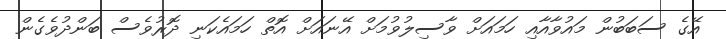
އޭގެ ސަބަބުން މައުވާއާއި ހަމައަށް ވާސިލުވުމަށް އޭނައަށް އޮތް ހަމައެކަނި ދޮރުވެސް ބަންދުވެގެން